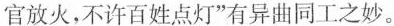
官放火，不许百姓点灯”有异曲同工之妙。